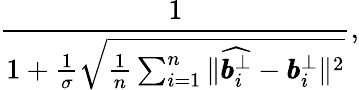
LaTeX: \frac{1}{1+\frac{1}{\sigma}\sqrt{\frac{1}{n}\sum_{i=1}^{n}{\| \widehat{\pmb{b}_{i}^{\bot}}-\pmb{b}_{i}^{\bot}\| ^{2}}}},